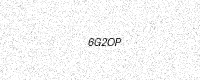
Text: 6G2OP